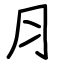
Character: ⺼